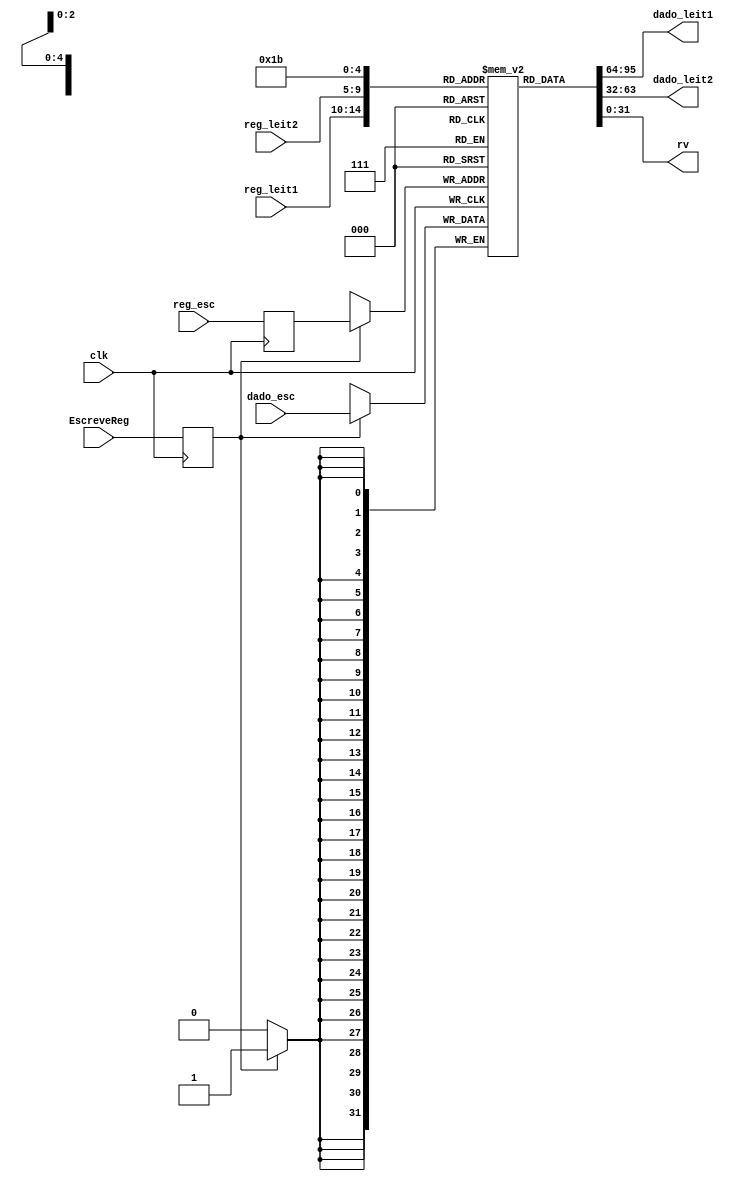
//banco de registradores do processador
module banco_reg (EscreveReg, clk, reg_leit1, reg_leit2, reg_esc, dado_esc, dado_leit1, dado_leit2,
rv);


input EscreveReg; // contem o sinal que determina se havera gravacao no registrador destino
input clk; // contem o clock do kit
input [4:0] reg_leit1; // contem o endereco do registrador fonte rs
input [4:0] reg_leit2; // contem o endereco do registrador fonte rt
input [4:0] reg_esc; // contem o endereco do registrador destino rd
input [31:0] dado_esc; // contem o dado a ser gravado no registrador destino
output [31:0] dado_leit1; // contem o valor armazenado no registrador rs
output [31:0] dado_leit2; // contem o valor armazenado no registrador rt

reg [31:0] banco [31:0]; //cria uma matriz 32x32 que forma o banco de registradores

reg [4:0] reg_esc_anterior; // armazena o endereco do registrador destino na instrucao anterior
reg EscreveReg_anterior; // armazena o estado do sinal de gravacao na instrucao anterior

initial
begin
EscreveReg_anterior = 0; // inicial o sinal de escrita como 0;
reg_esc_anterior = -1;
banco[0]=32'd0;
end

always @(negedge clk)
begin
	if(EscreveReg_anterior) // verifica se a instrucao anterior inclui uma gravacao no registrador destino
	begin
		banco[reg_esc_anterior] = dado_esc; // grava dados no registrador destino
	end
end

always @(posedge clk)
begin
	reg_esc_anterior = reg_esc; // armazena o endereco de escrita da instrucao anterior
	EscreveReg_anterior = EscreveReg; // armazena o sinal de escrita da instrucao anterior
end

assign dado_leit1 = banco[reg_leit1]; // atualiza o dado de leitura 1 do banco
assign dado_leit2 = banco[reg_leit2]; // atualiza o dado de leitura 2 do banco


output [31:0] rv;
assign rv = banco[27];


endmodule